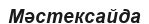
Мәстексайда